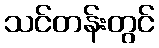
သင်တန်းတွင်